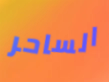
الساحر